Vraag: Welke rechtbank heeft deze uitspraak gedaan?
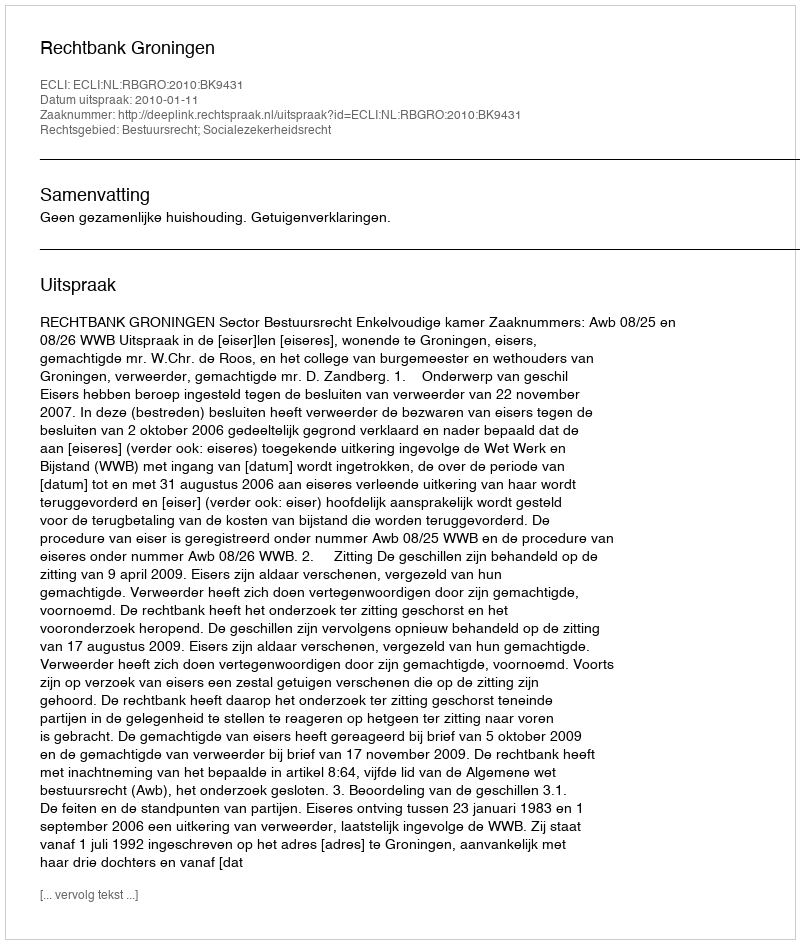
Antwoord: Rechtbank Groningen